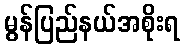
မွန်ပြည်နယ်အစိုးရ